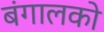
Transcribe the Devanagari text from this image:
बंगालको